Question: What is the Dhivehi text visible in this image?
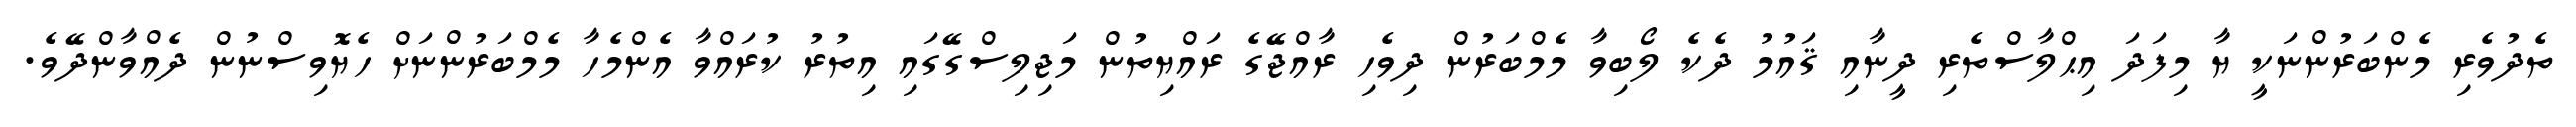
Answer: ތެދުވެރި މެންބަރުންނަކީ ޔާ މިފަދަ އިޙްލާސްތެރި ދީނާއި ޤައުމު ދެކެ ލޯބިވާ މެމްބަރުން ދިވެހި ރާއްޖޭގެ ރައްޔިތުން މަޖިލިސްގޭގައި އިތުރު ކުރައްވާ އެންމެހާ މެމްބަރުންނަށް ހެޔޮވިސްނުން ދެއްވާންދޭވެ.